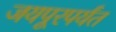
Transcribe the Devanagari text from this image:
जयपूरपर्यंत